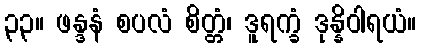
၃၃။ ဖန္ဒနံ စပလံ စိတ္တံ၊ ဒူရက္ခံ ဒုန္နိဝါရယံ။